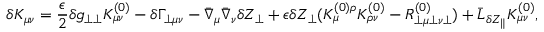
\delta K _ { \mu \nu } = \frac { \epsilon } { 2 } \delta g _ { \perp \perp } K _ { \mu \nu } ^ { ( 0 ) } - \delta \Gamma _ { \perp \mu \nu } - \bar { \nabla } _ { \mu } \bar { \nabla } _ { \nu } \delta Z _ { \perp } + \epsilon \delta Z _ { \perp } ( K _ { \mu } ^ { ( 0 ) \rho } K _ { \rho \nu } ^ { ( 0 ) } - R _ { \perp \mu \perp \nu \perp } ^ { ( 0 ) } ) + \bar { \cal L } _ { \delta Z _ { \parallel } } K _ { \mu \nu } ^ { ( 0 ) } ,